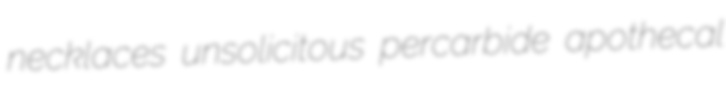
necklaces unsolicitous percarbide apothecal